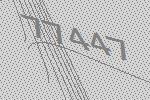
77447